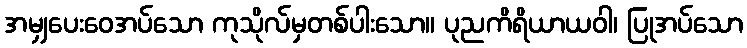
အမျှပေးဝေအပ်သော ကုသိုလ်မှတစ်ပါးသော။ ပုညကိရိယာယဝါ၊ ပြုအပ်သော